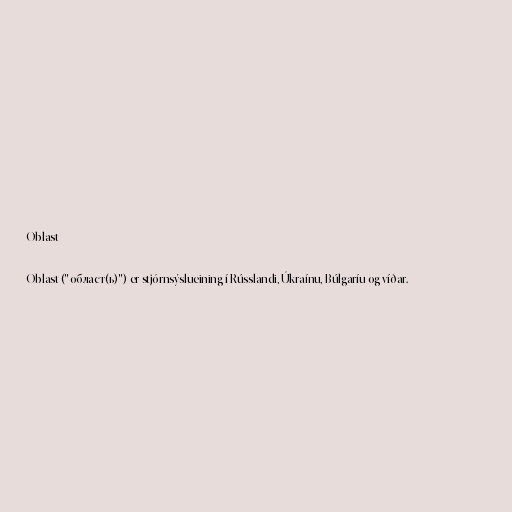
Oblast

Oblast ("област(ь)") er stjórnsýslueining í Rússlandi, Úkraínu, Búlgaríu og víðar.